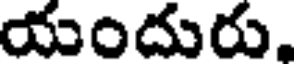
యందురు,